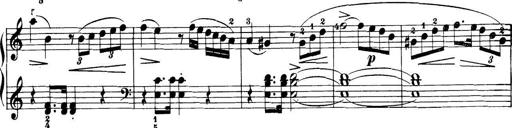
Title: 32 Sonatinas and Rondos for the Piano
Composer: Richard Kleinmichel